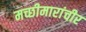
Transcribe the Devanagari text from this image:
मच्छीमारांचीर